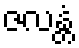
ဇလန္တံ